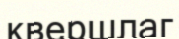
квершлаг